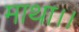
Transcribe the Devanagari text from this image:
माथा।।